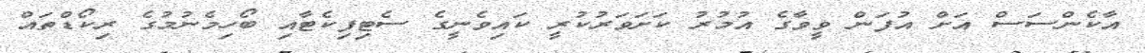
އާކެންސަސް އަށް އުފަން ވީވާގެ އުމުރު ކަށަވަރުކުރީ ކައިވެނީގެ ސެޓިފިކެޓާއި ބޯހިމެނުމުގެ ރިކޯޑްތައް